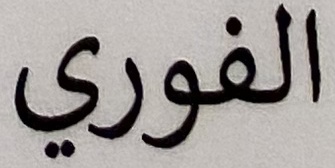
الفوري